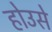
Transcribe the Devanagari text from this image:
होउसे